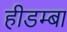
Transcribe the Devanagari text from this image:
हीडम्बा